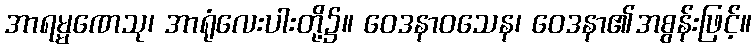
အာရမ္မဏေသု၊ အာရုံလေးပါးတို့၌။ ဝေဒနာဝသေန၊ ဝေဒနာ၏အစွန်းဖြင့်။